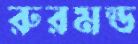
রুরমন্ড